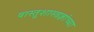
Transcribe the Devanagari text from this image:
वास्तूशास्त्रज्ञांच्या